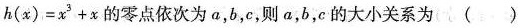
$$h ( x ) = x ^ { 3 } + x$$的零点依次为a，b，c，则a，b，c的大小关系为()